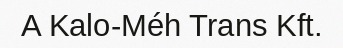
A Kalo-Méh Trans Kft.